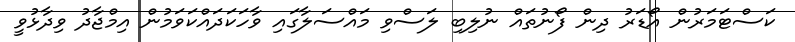
ކަސްޓަމަރުން އޯޑަރު ދިން ފޯނުތައް ނުލިބި ލަސްވި މައްސަލާގައި ވާހަކަދައްކަވަމުން އިމްޖާދު ވިދާޅުވީ